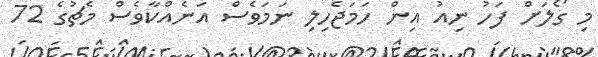
މި ގޯލަށް ފަހު ނިއު އިން ހަމަޖެހިލި ނަމަވެސް އަނެއްކާވެސް މެޗުގެ 72